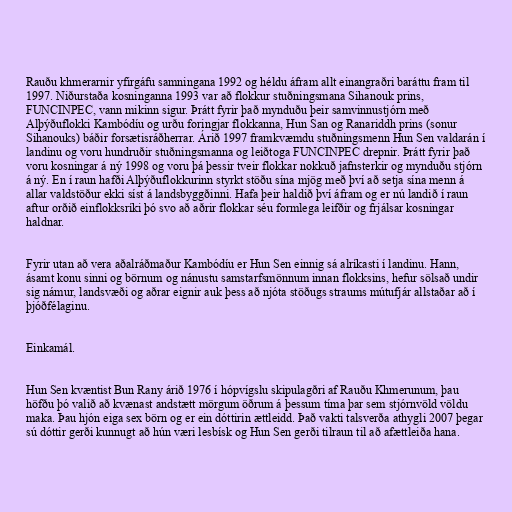
Rauðu khmerarnir yfirgáfu samningana 1992 og héldu áfram allt einangraðri baráttu fram til
1997. Niðurstaða kosninganna 1993 var að flokkur stuðningsmana Sihanouk prins,
FUNCINPEC, vann mikinn sigur. Þrátt fyrir það mynduðu þeir samvinnustjórn með
Alþýðuflokki Kambódíu og urðu foringjar flokkanna, Hun San og Ranariddh prins (sonur
Sihanouks) báðir forsætisráðherrar. Árið 1997 framkvæmdu stuðningsmenn Hun Sen valdarán í
landinu og voru hundruðir stuðningsmanna og leiðtoga FUNCINPEC drepnir. Þrátt fyrir það
voru kosningar á ný 1998 og voru þá þessir tveir flokkar nokkuð jafnsterkir og mynduðu stjórn
á ný. En í raun hafði Alþýðuflokkurinn styrkt stöðu sína mjög með því að setja sína menn á
allar valdstöður ekki síst á landsbyggðinni. Hafa þeir haldið því áfram og er nú landið í raun
aftur orðið einflokksríki þó svo að aðrir flokkar séu formlega leifðir og frjálsar kosningar
haldnar.

Fyrir utan að vera aðalráðmaður Kambódíu er Hun Sen einnig sá alríkasti í landinu. Hann,
ásamt konu sinni og börnum og nánustu samstarfsmönnum innan flokksins, hefur sölsað undir
sig námur, landsvæði og aðrar eignir auk þess að njóta stöðugs straums mútufjár allstaðar að í
þjóðfélaginu.

Einkamál.

Hun Sen kvæntist Bun Rany árið 1976 í hópvígslu skipulagðri af Rauðu Khmerunum, þau
höfðu þó valið að kvænast andstætt mörgum öðrum á þessum tíma þar sem stjórnvöld völdu
maka. Þau hjón eiga sex börn og er ein dóttirin ættleidd. Það vakti talsverða athygli 2007 þegar
sú dóttir gerði kunnugt að hún væri lesbísk og Hun Sen gerði tilraun til að afættleiða hana.